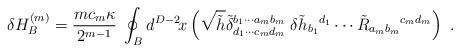
LaTeX: \begin{align*}\delta H_B^{(m)} =\frac{mc_m\kappa}{2^{m-1}}\;\oint_Bd^{D-2}\!x\left(\sqrt{\tilde{h}}\tilde{\delta}_{d_1\cdots c_md_m}^{b_1\cdots a_mb_m}\;\delta\tilde{h}_{b_1}{}^{d_1}\cdots \tilde{R}_{a_mb_m}{}^{c_md_m}\right)\ .\end{align*}